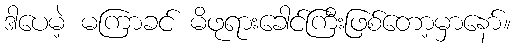
ဒါပေမဲ့ မကြာခင် မိဖုရားခေါင်ကြီးဖြစ်တော့မှာနော်။